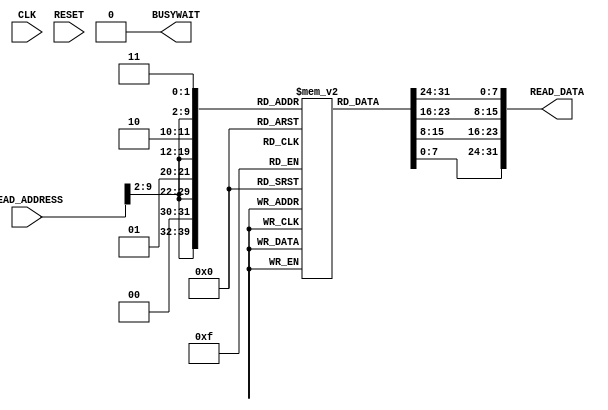
`timescale 1ns/100ps

module instruction_memory (CLK, RESET, READ_ADDRESS, READ_DATA, BUSYWAIT);
    input CLK, RESET;
    input [31:0] READ_ADDRESS;
    output reg BUSYWAIT;
    output reg [31:0] READ_DATA;

    reg [7:0] memory_array [1023:0];    // 1024 x 8-bits memory array

    initial 
    begin
        BUSYWAIT <= 0;

        // Sample program given below. You may hardcode your software program here, or load it from a file:
        {memory_array[10'd3],  memory_array[10'd2],  memory_array[10'd1],  memory_array[10'd0]}  <= 32'b00000000000001000000000000011001; // loadi 4 #25
        {memory_array[10'd7],  memory_array[10'd6],  memory_array[10'd5],  memory_array[10'd4]}  <= 32'b00000000000001010000000000100011; // loadi 5 #35
        {memory_array[10'd11], memory_array[10'd10], memory_array[10'd9],  memory_array[10'd8]}  <= 32'b00000010000001100000010000000101; // add 6 4 5
        {memory_array[10'd15], memory_array[10'd14], memory_array[10'd13], memory_array[10'd12]} <= 32'b00000000000000010000000001011010; // loadi 1 90
        {memory_array[10'd19], memory_array[10'd18], memory_array[10'd17], memory_array[10'd16]} <= 32'b11111111000111111111000001101111; // sub 1 1 4
    end

    always @ (*)
    begin
        READ_DATA[7:0]      <= memory_array[{READ_ADDRESS[31:2],2'b00}];
        READ_DATA[15:8]     <= memory_array[{READ_ADDRESS[31:2],2'b01}];
        READ_DATA[23:16]    <= memory_array[{READ_ADDRESS[31:2],2'b10}];
        READ_DATA[31:24]    <= memory_array[{READ_ADDRESS[31:2],2'b11}];
    end

endmodule